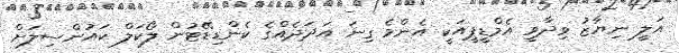
އަލީ ނިޔާޒު ވިދާވީ އެމްޑީޕީއަކީ އެންމެ ގިނަ އަދަދެއްގެ ކެންޑިޑޭޓުން ލޯކަލް ކައުންސިލަށް